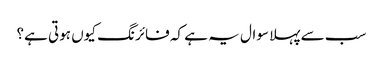
سب سے پہلا سوال یہ ہے کہ فائرنگ کیوں ہوتی ہے؟